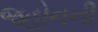
જહોનની